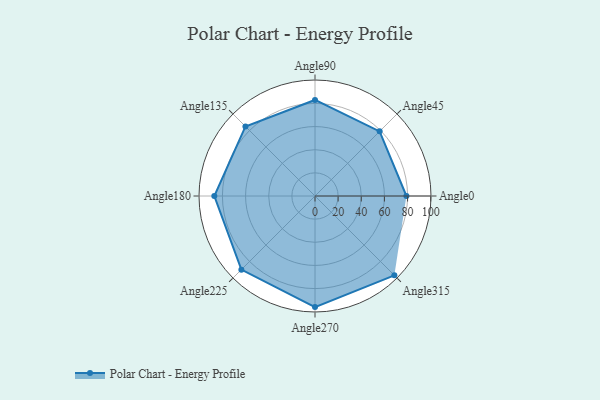
{"axis": {"x": "Angle", "y": "Radius"}, "legend": [""], "data": [{"x": "Angle0", "y": 79.0, "type": ""}, {"x": "Angle45", "y": 79.0, "type": ""}, {"x": "Angle90", "y": 83.0, "type": ""}, {"x": "Angle135", "y": 85.0, "type": ""}, {"x": "Angle180", "y": 87.0, "type": ""}, {"x": "Angle225", "y": 90.0, "type": ""}, {"x": "Angle270", "y": 96.0, "type": ""}, {"x": "Angle315", "y": 97.0, "type": ""}]}